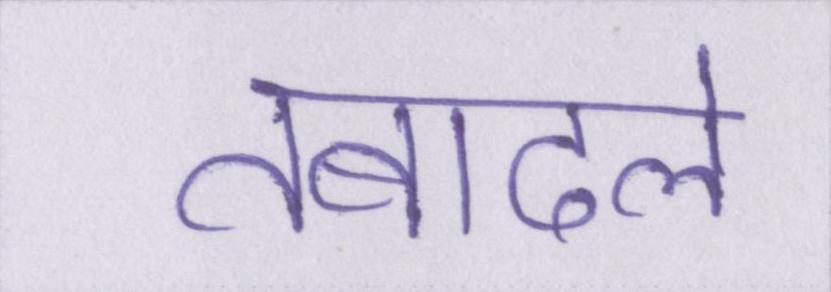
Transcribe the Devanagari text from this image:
तबादले